Scientific memoirs by medical officers of the Army of India - Part VI,
Year: 1891
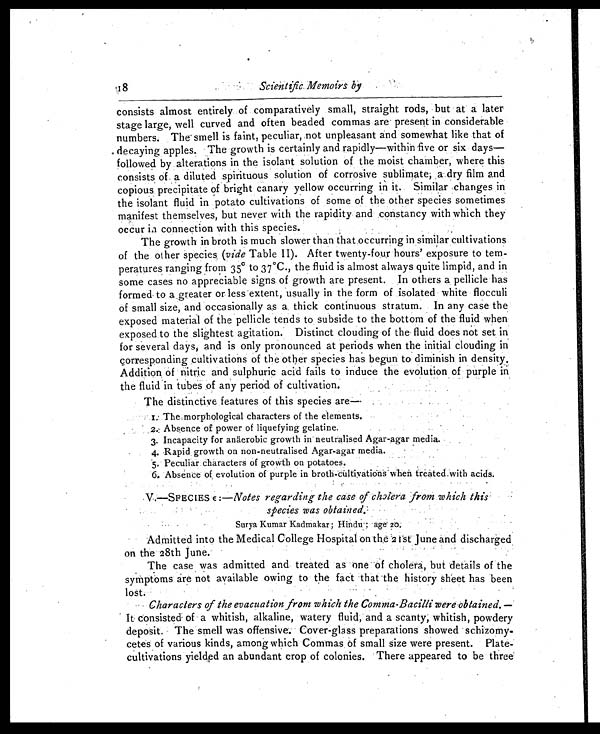
Scientific Memoirs by
consists almost entirely of comparatively small, straight rods, but at a later
stage large, well curved and often beaded commas are present in considerable
numbers. The smell is faint, peculiar, not unpleasant and somewhat like that of
decaying apples. The growth is certainly and rapidly—within five or six days—
followed by alterations in the isolant solution of the moist chamber, where this
consists of. a diluted spirituous solution of corrosive sublimate; a dry film and
copious, precipitate of bright canary yellow occurring in it.. Similar changes in
the isolant fluid in potato cultivations of some of the other species sometimes
manifest themselves, but never with the rapidity and constancy with which they
occur in connection with this species.
.
The growth in broth is much slower than that, occurring in similar cultivations
of the other species, (vide Table II). After twenty-four hours' exposure to tem-
peratures ranging from 35º to 37°C., the fluid is almost always quite limpid, and in
some cases no appreciable signs of growth are present. In others a pellicle has
f o r m e d - t o a g r e a t e r o r l e s s e x t e n t , u s u a l l y i n t h e f o r m o f i s o l a t e d w h i t e f l o c c u l i
of small size, and occasionally as a thick continuous stratum. In any case the
exposed material of the pellicle tends to subside to the bottom of the fluid when
exposed to the slightest agitation. Distinct clouding of the fluid does not set in
for several days, and is only pronounced at periods when the initial clouding in
corresponding cultivations of the other species has begun to diminish in density.
Addition of nitric and sulphuric acid fails to induce the evolution of purple in
the fluid in tubes of any period of cultivation.
The distinctive features of this species are
–
1.The morphological characters of the elements.
2. Absence of power of liquefying gelatine.
3. Incapacity for anaerobic growth in neutralised Agar-agar media.
4. Rapid growth on non-neutralised Agar-agar media.
5. Peculiar characters of growth on potatoes.
6. Absence of evolution of purple in broth-cultivations when treated.with acids.
V.—SPECIES E :—Notes regarding the case of cholera from which this
species was obtained.
Surya Kumar Kadmakar; Hindu ; age 20.
Admitted into the Medical College Hospital on the 21st June and discharged
on the 28th June.
The case was admitted and treated as one of cholera, but details of the
symptoms are not available owing to the fact that the history sheet has been
lost.
Characters of the evacuation from which the Comma-Bacilli were obtained. —
It consisted of a whitish, alkaline, watery fluid, and a scanty; whitish, powdery
deposit. The smell was offensive. Cover-glass preparations showed schizomy-
cetes of various kinds, among which Commas of small size were present. Plate-
cultivations yielded an abundant crop of colonies. There appeared to be three
18